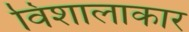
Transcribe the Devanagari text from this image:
विशालाकार